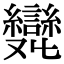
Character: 𠮖